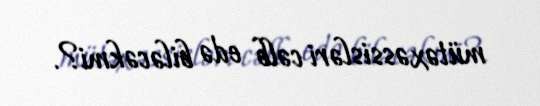
mütəxəssisləri cəlb edə biləcəkmi?.